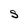
Character: s